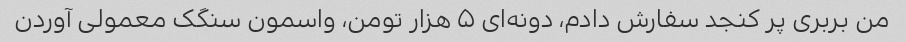
من بربری پر کنجد سفارش دادم، دونه‌ای ۵ هزار تومن، واسمون سنگک معمولی آوردن